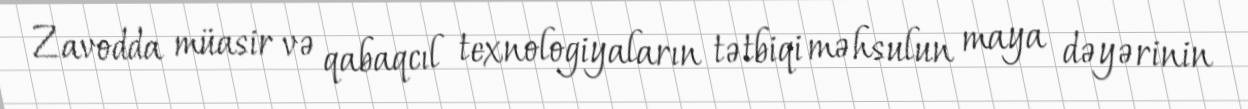
Zavodda müasir və qabaqcıl texnologiyaların tətbiqi məhsulun maya dəyərinin